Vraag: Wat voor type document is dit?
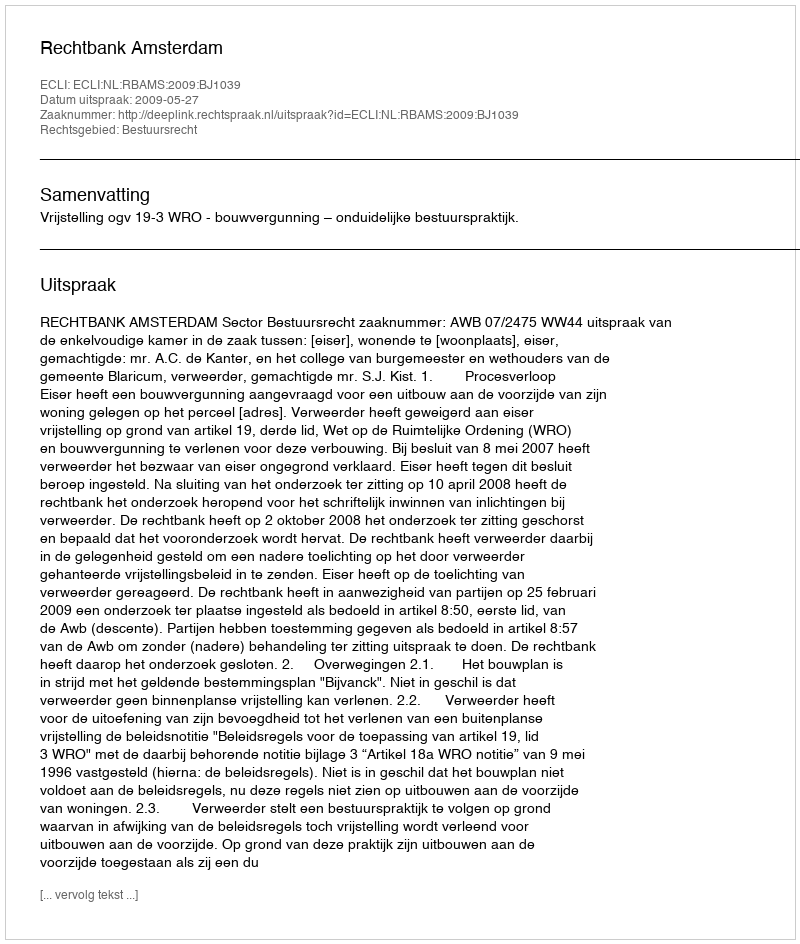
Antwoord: Uitspraak